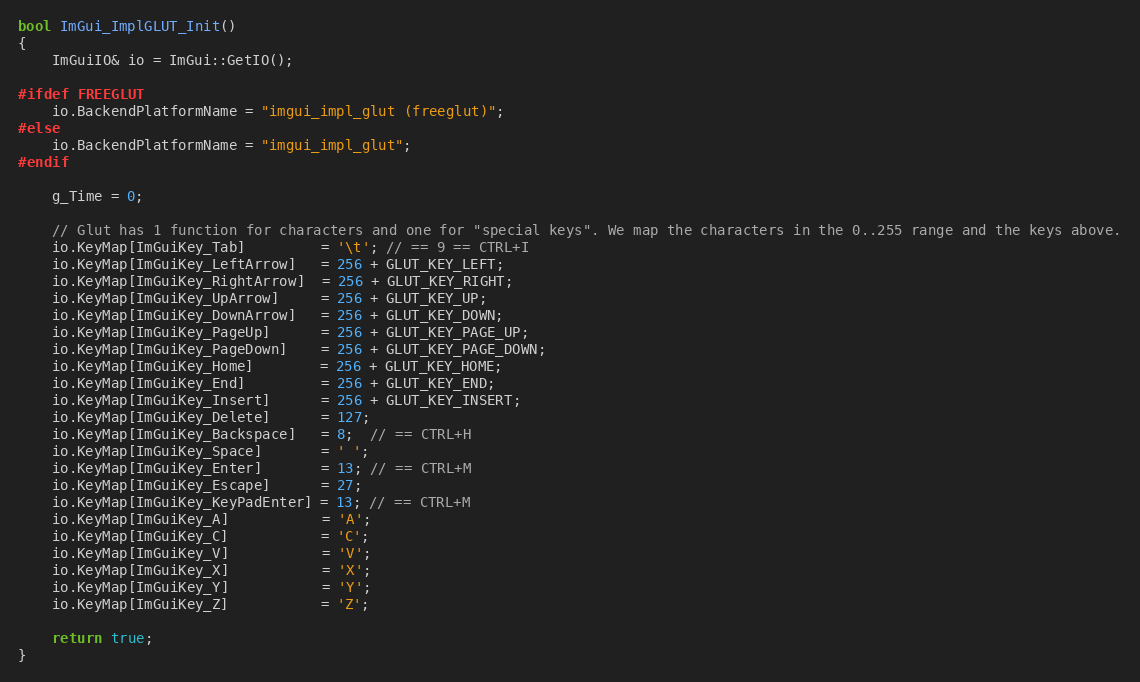
Language: C++
bool ImGui_ImplGLUT_Init()
{
    ImGuiIO& io = ImGui::GetIO();

#ifdef FREEGLUT
    io.BackendPlatformName = "imgui_impl_glut (freeglut)";
#else
    io.BackendPlatformName = "imgui_impl_glut";
#endif

    g_Time = 0;

    // Glut has 1 function for characters and one for "special keys". We map the characters in the 0..255 range and the keys above.
    io.KeyMap[ImGuiKey_Tab]         = '\t'; // == 9 == CTRL+I
    io.KeyMap[ImGuiKey_LeftArrow]   = 256 + GLUT_KEY_LEFT;
    io.KeyMap[ImGuiKey_RightArrow]  = 256 + GLUT_KEY_RIGHT;
    io.KeyMap[ImGuiKey_UpArrow]     = 256 + GLUT_KEY_UP;
    io.KeyMap[ImGuiKey_DownArrow]   = 256 + GLUT_KEY_DOWN;
    io.KeyMap[ImGuiKey_PageUp]      = 256 + GLUT_KEY_PAGE_UP;
    io.KeyMap[ImGuiKey_PageDown]    = 256 + GLUT_KEY_PAGE_DOWN;
    io.KeyMap[ImGuiKey_Home]        = 256 + GLUT_KEY_HOME;
    io.KeyMap[ImGuiKey_End]         = 256 + GLUT_KEY_END;
    io.KeyMap[ImGuiKey_Insert]      = 256 + GLUT_KEY_INSERT;
    io.KeyMap[ImGuiKey_Delete]      = 127;
    io.KeyMap[ImGuiKey_Backspace]   = 8;  // == CTRL+H
    io.KeyMap[ImGuiKey_Space]       = ' ';
    io.KeyMap[ImGuiKey_Enter]       = 13; // == CTRL+M
    io.KeyMap[ImGuiKey_Escape]      = 27;
    io.KeyMap[ImGuiKey_KeyPadEnter] = 13; // == CTRL+M
    io.KeyMap[ImGuiKey_A]           = 'A';
    io.KeyMap[ImGuiKey_C]           = 'C';
    io.KeyMap[ImGuiKey_V]           = 'V';
    io.KeyMap[ImGuiKey_X]           = 'X';
    io.KeyMap[ImGuiKey_Y]           = 'Y';
    io.KeyMap[ImGuiKey_Z]           = 'Z';

    return true;
}